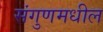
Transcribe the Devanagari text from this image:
संगुणमधील